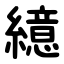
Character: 繶